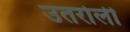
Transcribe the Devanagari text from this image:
उतरोली